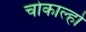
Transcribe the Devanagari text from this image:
चोकाल्हो